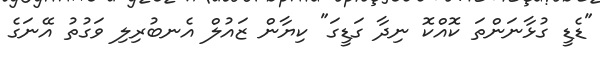
"ޑެޑީ ގުޅާނަންތަ ކޮއްކޮ ނިދާ ގަޑީގަ" ކިޔާން ޒައުލް އެނބުރިލި ވަގުތު އޭނަގެ